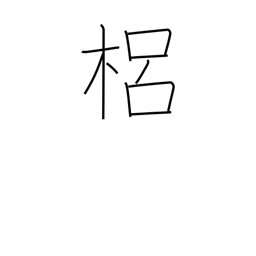
Meaning: a kind of quince